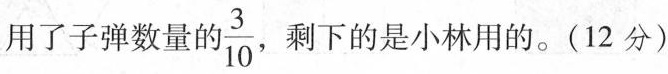
用了子弹数量 \frac{3}{10},剩下的是小林用的。(12分)